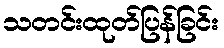
သတင်းထုတ်ပြန်ခြင်း